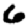
Digit: 6